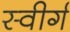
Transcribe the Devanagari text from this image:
स्वीर्ग